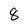
Character: 8